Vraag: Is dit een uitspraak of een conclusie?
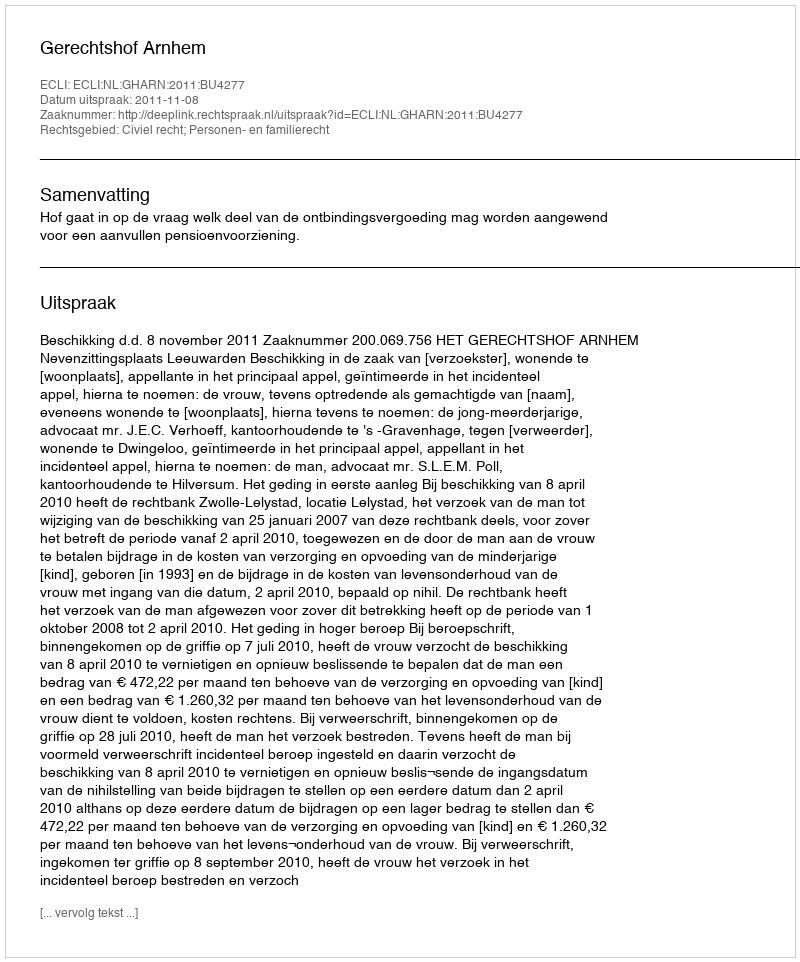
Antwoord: Uitspraak